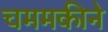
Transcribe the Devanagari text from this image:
चममकीने